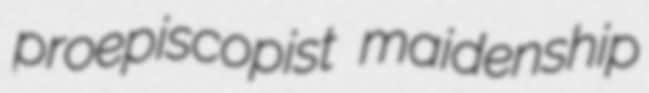
proepiscopist maidenship